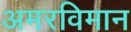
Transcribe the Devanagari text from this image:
अमरविमान